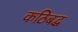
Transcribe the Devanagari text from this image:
कठिबद्ध